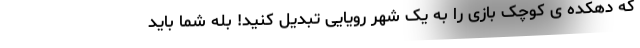
که دهکده ی کوچک بازی را به یک شهر رویایی تبدیل کنید! بله شما باید